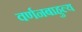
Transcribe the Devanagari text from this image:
वर्णनबाहुल्य